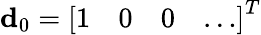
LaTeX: \mathbf{d}_{0}=\left[\begin{array}{cccc}{1}&{0}&{0}&{\ldots}\end{array}\right]^{T}